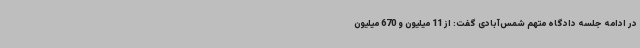
در ادامه جلسه دادگاه متهم شمس‌آبادی گفت: از 11 میلیون و 670 میلیون